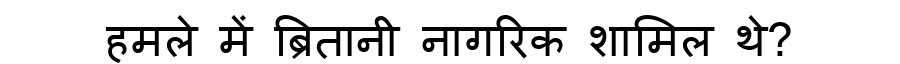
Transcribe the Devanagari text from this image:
हमले में ब्रितानी नागरिक शामिल थे?